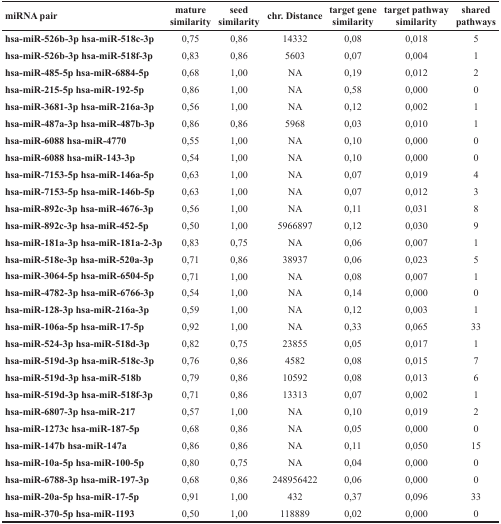
<table><thead><tr><td><b>miRNA pair</b></td><td><b>mature similarity</b></td><td><b>seed similarity</b></td><td><b>chr. Distance</b></td><td><b>target gene similarity</b></td><td><b>target pathway similarity</b></td><td><b>shared pathways</b></td></tr></thead><tbody><tr><td><b>hsa-miR-526b-3p hsa-miR-518c-3p</b></td><td>0,75</td><td>0,86</td><td>14332</td><td>0,08</td><td>0,018</td><td>5</td></tr><tr><td><b>hsa-miR-526b-3p hsa-miR-518f-3p</b></td><td>0,83</td><td>0,86</td><td>5603</td><td>0,07</td><td>0,004</td><td>1</td></tr><tr><td><b>hsa-miR-485-5p hsa-miR-6884-5p</b></td><td>0,68</td><td>1,00</td><td>NA</td><td>0,19</td><td>0,012</td><td>2</td></tr><tr><td><b>hsa-miR-215-5p hsa-miR-192-5p</b></td><td>0,86</td><td>1,00</td><td>NA</td><td>0,58</td><td>0,000</td><td>0</td></tr><tr><td><b>hsa-miR-3681-3p hsa-miR-216a-3p</b></td><td>0,56</td><td>1,00</td><td>NA</td><td>0,12</td><td>0,002</td><td>1</td></tr><tr><td><b>hsa-miR-487a-3p hsa-miR-487b-3p</b></td><td>0,86</td><td>0,86</td><td>5968</td><td>0,03</td><td>0,010</td><td>1</td></tr><tr><td><b>hsa-miR-6088 hsa-miR-4770</b></td><td>0,55</td><td>1,00</td><td>NA</td><td>0,10</td><td>0,000</td><td>0</td></tr><tr><td><b>hsa-miR-6088 hsa-miR-143-3p</b></td><td>0,54</td><td>1,00</td><td>NA</td><td>0,10</td><td>0,000</td><td>0</td></tr><tr><td><b>hsa-miR-7153-5p hsa-miR-146a-5p</b></td><td>0,63</td><td>1,00</td><td>NA</td><td>0,07</td><td>0,019</td><td>4</td></tr><tr><td><b>hsa-miR-7153-5p hsa-miR-146b-5p</b></td><td>0,63</td><td>1,00</td><td>NA</td><td>0,07</td><td>0,012</td><td>3</td></tr><tr><td><b>hsa-miR-892c-3p hsa-miR-4676-3p</b></td><td>0,56</td><td>1,00</td><td>NA</td><td>0,11</td><td>0,031</td><td>8</td></tr><tr><td><b>hsa-miR-892c-3p hsa-miR-452-5p</b></td><td>0,50</td><td>1,00</td><td>5966897</td><td>0,12</td><td>0,030</td><td>9</td></tr><tr><td><b>hsa-miR-181a-3p hsa-miR-181a-2-3p</b></td><td>0,83</td><td>0,75</td><td>NA</td><td>0,06</td><td>0,007</td><td>1</td></tr><tr><td><b>hsa-miR-518e-3p hsa-miR-520a-3p</b></td><td>0,71</td><td>0,86</td><td>38937</td><td>0,06</td><td>0,023</td><td>5</td></tr><tr><td><b>hsa-miR-3064-5p hsa-miR-6504-5p</b></td><td>0,71</td><td>1,00</td><td>NA</td><td>0,08</td><td>0,007</td><td>1</td></tr><tr><td><b>hsa-miR-4782-3p hsa-miR-6766-3p</b></td><td>0,54</td><td>1,00</td><td>NA</td><td>0,14</td><td>0,000</td><td>0</td></tr><tr><td><b>hsa-miR-128-3p hsa-miR-216a-3p</b></td><td>0,59</td><td>1,00</td><td>NA</td><td>0,12</td><td>0,003</td><td>1</td></tr><tr><td><b>hsa-miR-106a-5p hsa-miR-17-5p</b></td><td>0,92</td><td>1,00</td><td>NA</td><td>0,33</td><td>0,065</td><td>33</td></tr><tr><td><b>hsa-miR-524-3p hsa-miR-518d-3p</b></td><td>0,82</td><td>0,75</td><td>23855</td><td>0,05</td><td>0,017</td><td>1</td></tr><tr><td><b>hsa-miR-519d-3p hsa-miR-518c-3p</b></td><td>0,76</td><td>0,86</td><td>4582</td><td>0,08</td><td>0,015</td><td>7</td></tr><tr><td><b>hsa-miR-519d-3p hsa-miR-518b</b></td><td>0,79</td><td>0,86</td><td>10592</td><td>0,08</td><td>0,013</td><td>6</td></tr><tr><td><b>hsa-miR-519d-3p hsa-miR-518f-3p</b></td><td>0,71</td><td>0,86</td><td>13313</td><td>0,07</td><td>0,002</td><td>1</td></tr><tr><td><b>hsa-miR-6807-3p hsa-miR-217</b></td><td>0,57</td><td>1,00</td><td>NA</td><td>0,10</td><td>0,019</td><td>2</td></tr><tr><td><b>hsa-miR-1273c hsa-miR-187-5p</b></td><td>0,68</td><td>0,86</td><td>NA</td><td>0,05</td><td>0,000</td><td>0</td></tr><tr><td><b>hsa-miR-147b hsa-miR-147a</b></td><td>0,86</td><td>0,86</td><td>NA</td><td>0,11</td><td>0,050</td><td>15</td></tr><tr><td><b>hsa-miR-10a-5p hsa-miR-100-5p</b></td><td>0,80</td><td>0,75</td><td>NA</td><td>0,04</td><td>0,000</td><td>0</td></tr><tr><td><b>hsa-miR-6788-3p hsa-miR-197-3p</b></td><td>0,68</td><td>0,86</td><td>248956422</td><td>0,06</td><td>0,000</td><td>0</td></tr><tr><td><b>hsa-miR-20a-5p hsa-miR-17-5p</b></td><td>0,91</td><td>1,00</td><td>432</td><td>0,37</td><td>0,096</td><td>33</td></tr><tr><td><b>hsa-miR-370-5p hsa-miR-1193</b></td><td>0,50</td><td>1,00</td><td>118889</td><td>0,02</td><td>0,000</td><td>0</td></tr></tbody></table>